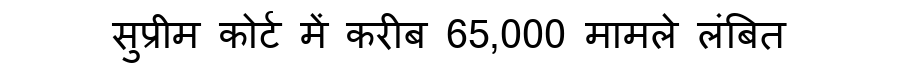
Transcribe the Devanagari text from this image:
सुप्रीम कोर्ट में करीब 65,000 मामले लंबित